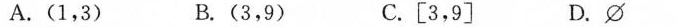
A.(1,3) B.(3,9) C.[3,9] D.\phi